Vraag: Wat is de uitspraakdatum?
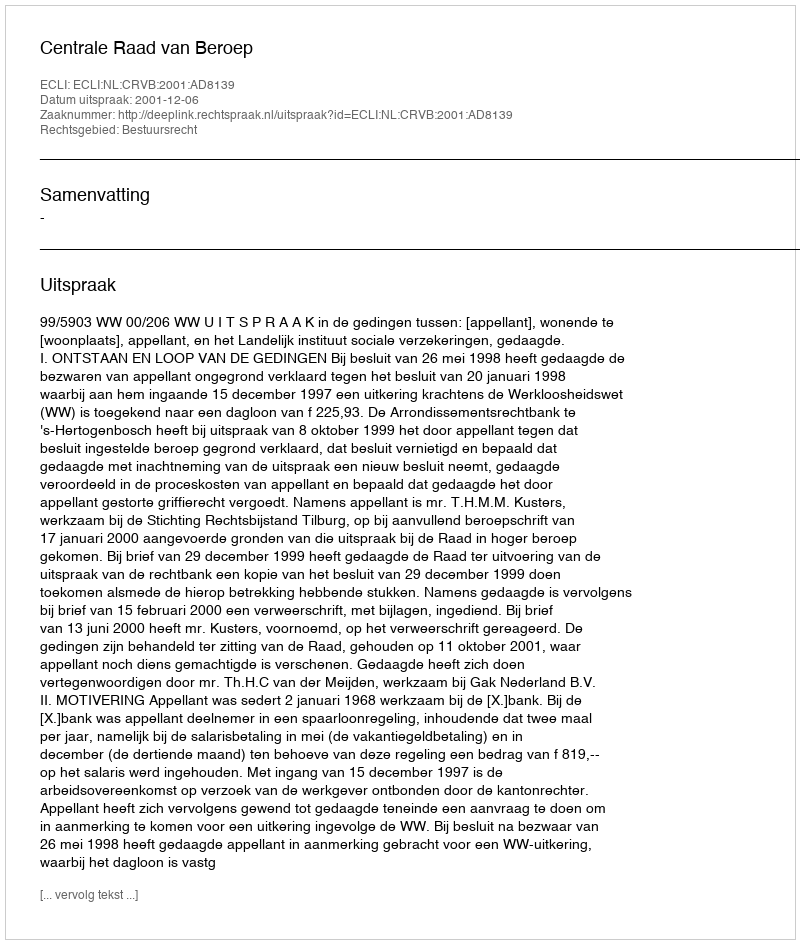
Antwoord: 2001-12-06